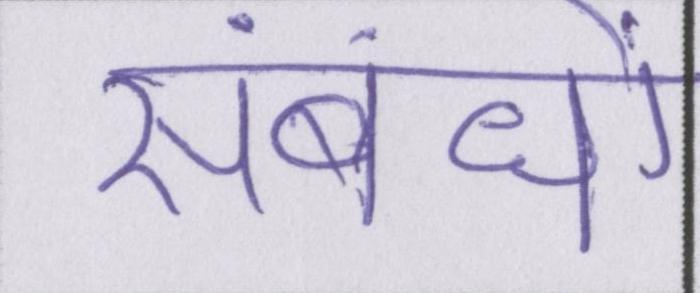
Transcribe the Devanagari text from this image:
संबंधों